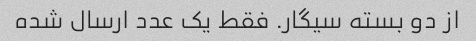
از دو بسته سیگار. فقط یک عدد ارسال شده